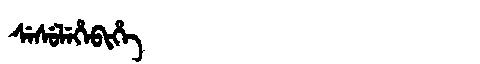
Manchu: ᠰᡝᠰᡠᠯᡝᡥᡝᠪᡳᡥᡝ
Romanization: SESULEHEBIHE